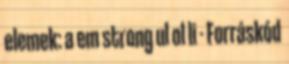
elemek: a em strong ul ol li - Forráskód